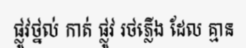
ផ្លូវថ្នល់ កាត់ ផ្លូវ រថភ្លើង ដែល គ្មាន